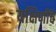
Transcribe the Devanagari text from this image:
यक्षिणींचे